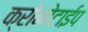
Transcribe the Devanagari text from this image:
क्रोनोटाईप